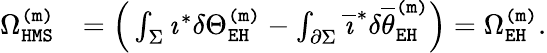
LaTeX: \begin{array}{rl}{\Omega_{\mathtt{HMS}}^{\mathtt{(m)}}}&{=\Big(\int_{\Sigma}\imath^{*}\delta\Theta_{\mathtt{EH}}^{\mathtt{(m)}}-\int_{\partial\Sigma}\overline{{\imath}}^{*}\delta\overline{{\theta}}_{\mathtt{EH}}^{\mathtt{(m)}}\Big)=\Omega_{\mathtt{EH}}^{\mathtt{(m)}}.}\end{array}